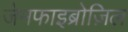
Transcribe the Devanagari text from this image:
जेमफाइब्रोज़िल